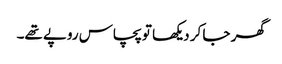
گھر جا کر دیکھا تو پچاس روپے تھے۔